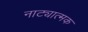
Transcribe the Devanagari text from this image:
नाट्यात्मक